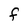
Character: F